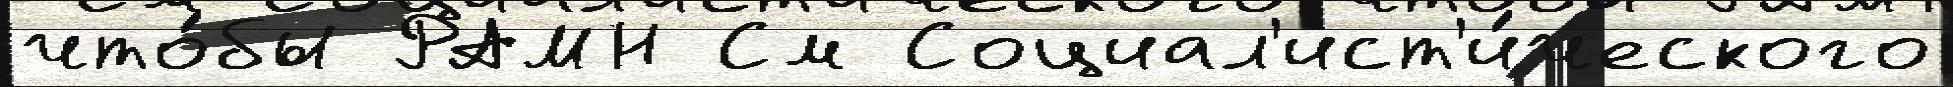
что́бы РАМН См Социал'ист'и́ческого